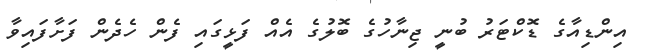
އިންޑިއާގެ ޑޮކްޓަރު ބުނީ ޖިނާހުގެ ބޮލުގެ އެއް ފަޅީގައި ފެން ހެދެން ފަށާފައިވާ